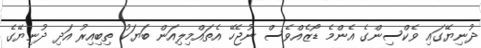
ދުނިޔޭގައި ވެކްސިންގެ އެންމެ ޑޯޒެއްވެސް ނުޖެހޭ އެތައްމިލިއަން ބަޔަކު ތިބިއިރު އަދި ދުނިޔޭގެ